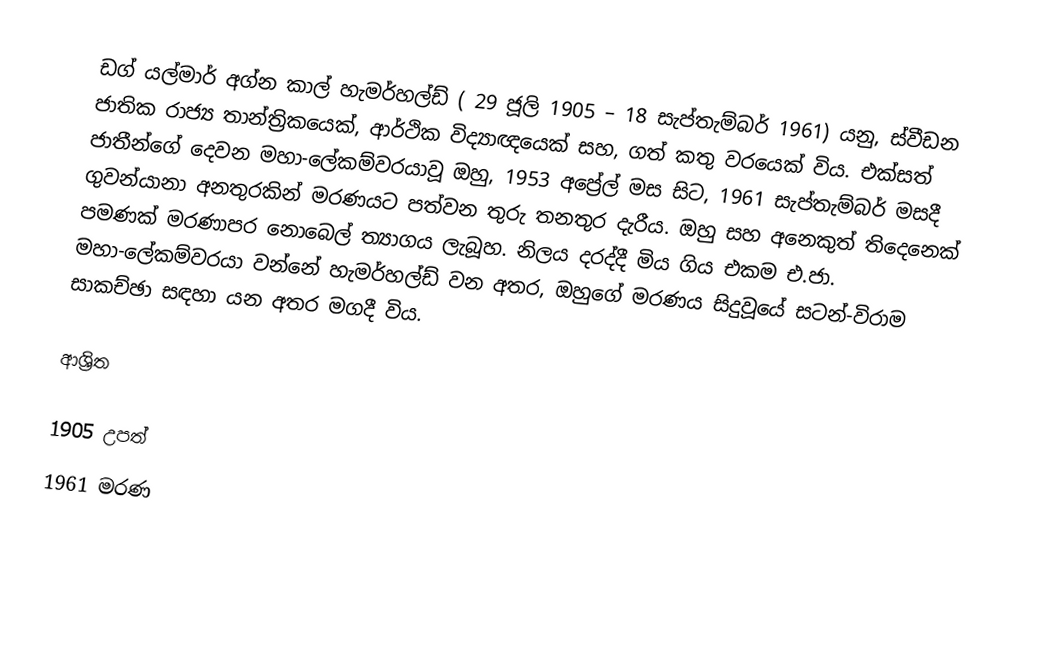
ඩග් යල්මාර් අග්න කාල් හැමර්හල්ඩ් ( 29 ජූලි 1905 – 18 සැප්තැම්බර් 1961) යනු, ස්වීඩන ජාතික රාජ්‍ය තාන්ත්‍රිකයෙක්, ආර්ථික විද්‍යාඥයෙක් සහ, ගත් කතු වරයෙක් විය. එක්සත් ජාතීන්ගේ දෙවන මහා-ලේකම්වරයාවූ ඔහු, 1953 අප්‍රේල් මස සිට, 1961 සැප්තැම්බර් මසදී ගුවන්යානා අනතුරකින් මරණයට පත්වන තුරු තනතුර දැරීය. ඔහු සහ අනෙකුත් තිදෙනෙක් පමණක් මරණාපර  නොබෙල් ත්‍යාගය ලැබූහ. නිලය දරද්දී මිය ගිය එකම එ.ජා. මහා-ලේකම්වරයා වන්නේ හැමර්හල්ඩ් වන අතර, ඔහුගේ මරණය සිදුවූයේ සටන්-විරාම සාකච්ඡා සඳහා යන අතර මගදී විය.

ආශ්‍රිත

1905 උපත්
1961 මරණ